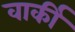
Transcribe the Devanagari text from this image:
वार्की